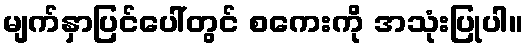
မျက်နှာပြင်ပေါ်တွင် စကေးကို အသုံးပြုပါ။